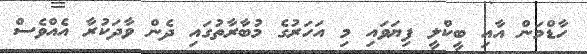
ހާޑްމަން އާއި ބީކްލީ ފިޔަވައި މި އަހަރުގެ މުބާރާތުގައި ދެން ވާދަކުރާ އެއްވެސް